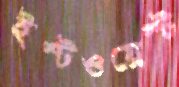
ইস্টওয়েস্ট